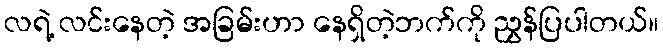
လရဲ့ လင်းနေတဲ့ အခြမ်းဟာ နေရှိတဲ့ဘက်ကို ညွှန်ပြပါတယ်။